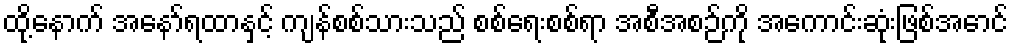
ထို့နောက် အနော်ရထာနှင့် ကျန်စစ်သားသည် စစ်ရေးစစ်ရာ အစီအစဉ်ကို အကောင်းဆုံးဖြစ်အောင်